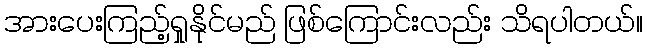
အားပေးကြည့်ရှုနိုင်မည် ဖြစ်ကြောင်းလည်း သိရပါတယ်။